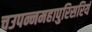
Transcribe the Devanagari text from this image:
चउपन्नमहापुरिसरियं